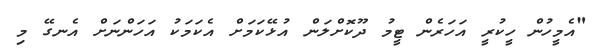
"އެމީހުން ހީކުރީ އަހަރެން ޓީމު ދޫކޮށްލަން އުޅޭކަމަށް އެކަމަކު އަހަންނަށް އެނގޭ މި